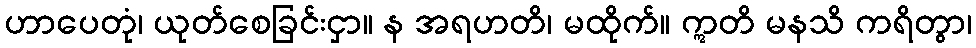
ဟာပေတုံ၊ ယုတ်စေခြင်းငှာ။ န အရဟတိ၊ မထိုက်။ ဣတိ မနသိ ကရိတွာ၊